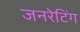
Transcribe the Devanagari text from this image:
जनरेटिंग